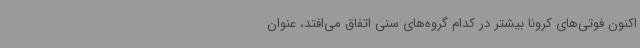
اکنون فوتی‌های کرونا بیشتر در کدام گروه‌های سنی اتفاق می‌افتد، عنوان